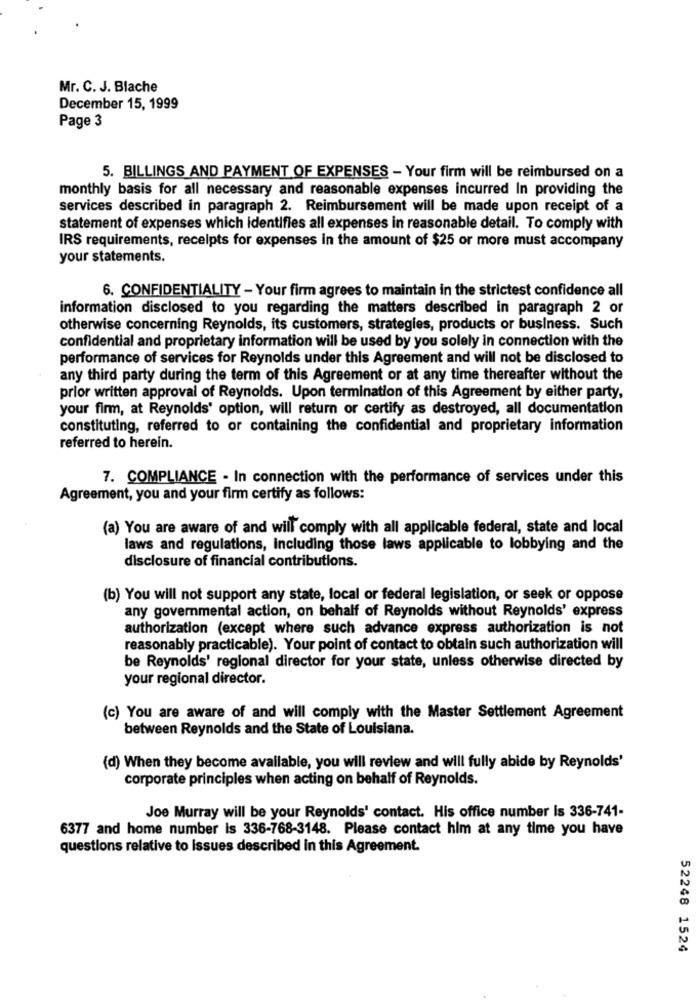
Mr. C. J. Blache
December 15, 1999
Page 3
5. BILLINGS AND PAYMENT OF EXPENSES - Your firm will be reimbursed on a
monthly basis for all necessary and reasonable expenses incurred In providing the
services described in paragraph 2. Reimbursement will be made upon receipt of a
statement of expenses which identifies all expenses in reasonable detail. To comply with
IRS requirements, receipts for expenses in the amount of $25 or more must accompany
your statements.
6. CONFIDENTIALITY - Your firm agrees to maintain in the strictest confidence all
information disclosed to you regarding the matters described in paragraph 2 or
otherwise concerning Reynolds, its customers, strategies, products or business. Such
confidential and proprietary information will be used by you solely in connection with the
performance of services for Reynolds under this Agreement and will not be disclosed to
any third party during the term of this Agreement or at any time thereafter without the
prior written approval of Reynolds. Upon termination of this Agreement by either party,
your firm, at Reynolds' option, will return or certify as destroyed, all documentation
constituting, referred to or containing the confidential and proprietary information
referred to herein.
7. COMPLIANCE - In connection with the performance of services under this
Agreement, you and your firm certify as follows:
(a) You are aware of and will comply with all applicable federal, state and local
laws and regulations, including those laws applicable to lobbying and the
disclosure of financial contributions.
(b) You will not support any state, local or federal legislation, or seek or oppose
any governmental action, on behalf of Reynolds without Reynolds' express
authorization (except where such advance express authorization is not
reasonably practicable). Your point of contact to obtain such authorization will
be Reynolds' regional director for your state, unless otherwise directed by
your regional director.
(c) You are aware of and will comply with the Master Settlement Agreement
between Reynolds and the State of Louisiana.
(d) When they become available, you will review and will fully abide by Reynolds'
corporate principles when acting on behalf of Reynolds.
Joe Murray will be your Reynolds' contact. His office number Is 336-741-
6377 and home number is 336-768-3148. Please contact him at any time you have
questions relative to issues described in this Agreement.
52248 1524